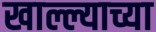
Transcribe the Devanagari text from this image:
खाल्ल्याच्या